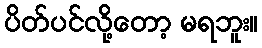
ပိတ်ပင်လို့တော့ မရဘူး။